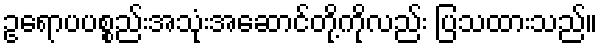
ဥရောပပစ္စည်းအသုံးအဆောင်တို့ကိုလည်း ပြသထားသည်။